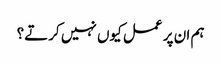
ہم ان پر عمل کیوں نہیں کرتے؟